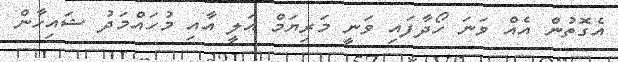
އެގޮތުން އެއް ވަނަ ހޯދާފައި ވަނީ މަރިޔަމް އަލީ އާއި މުހައްމަދު ޝައިހާން